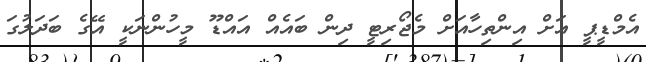
އެމްޑީޕީ އަށް އިންތިހާއަށް މެޖޯރިޓީ ދިންް ބައެއް އައްޑޫ މީހުންނަކީ އޭގެ ބަދަލުގަ